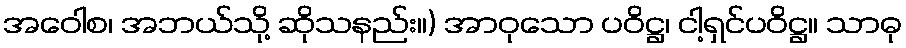
အဝေါစ၊ အဘယ်သို့ ဆိုသနည်း။) အာဝုသော ပဝိဋ္ဌ၊ ငါ့ရှင်ပဝိဋ္ဌ။ သာဓု